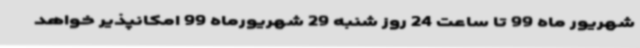
شهریور ماه 99 تا ساعت 24 روز شنبه 29 شهریورماه 99 امکانپذیر خواهد